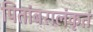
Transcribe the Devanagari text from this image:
पितांबरालंकृतं